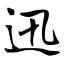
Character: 迅